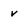
Character: v